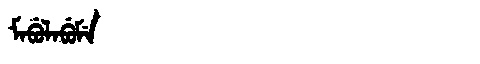
Manchu: ᠮᠠᠪᡠᠯᠠᠪᡠᠮᡝ
Romanization: MABULABUME